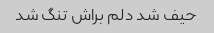
حیف شد دلم براش تنگ شد